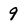
Character: 9